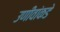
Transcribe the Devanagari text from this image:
उणीवांकडे